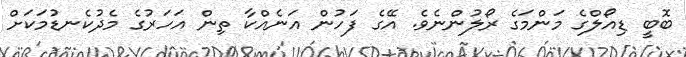
ބޮބީ ޑިއޯލްގެ މަންމަގެ ރޯލުންނެވެ. އޭގެ ފަހުން އަނެއްކާ ތިން އަހަރުގެ މެދުކެނޑުމަކަށް